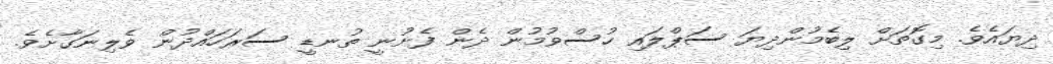
ދިޔައެވެ. މިގޮތަށް ލިބެމުންދިޔަ ސަޕްލައި ހުސްވުމުން ދެން ފެށުނީ ތުނޑީ ސަރަހައްދުން ވެލިނަގާށެވެ.